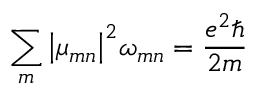
\sum _ { m } { { \left| { \mu } _ { m n } \right| } ^ { 2 } { \omega } _ { m n } } = \frac { e ^ { 2 } \hbar } { 2 m }